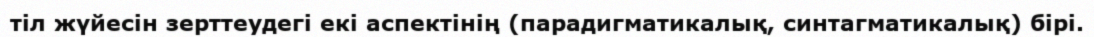
тіл жүйесін зерттеудегі екі аспектінің (парадигматикалық, синтагматикалық) бірі.